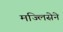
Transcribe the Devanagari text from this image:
मज्लिसेने